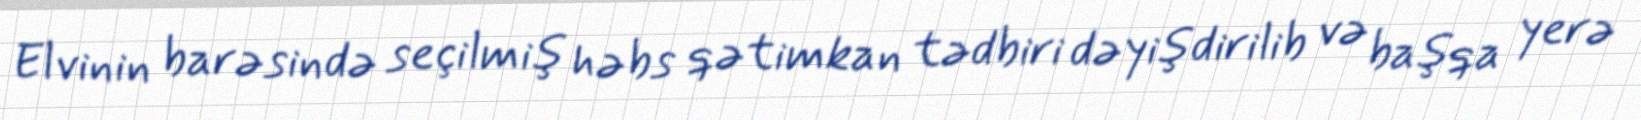
Elvinin barəsində seçilmiş həbs qətimkan tədbiri dəyişdirilib və başqa yerə